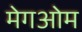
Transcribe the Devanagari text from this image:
मेगओम